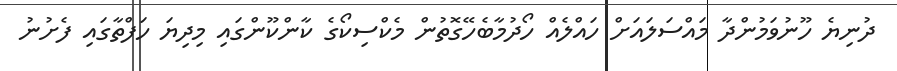
ދުނިޔެ ހޫނުވަމުންދާ މައްސަލައަށް ހައްލެއް ހޯދުމާބެހޭގޮތުން މެކްސިކޯގެ ކާންކޫންގައި މިދިޔަ ހަފްތާގައި ފެށުނު